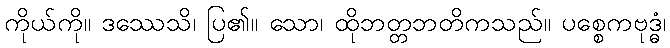
ကိုယ်ကို။ ဒဿေသိ၊ ပြ၏။ သော၊ ထိုဘတ္တဘတိကသည်။ ပစ္စေကဗုဒ္ဓံ၊